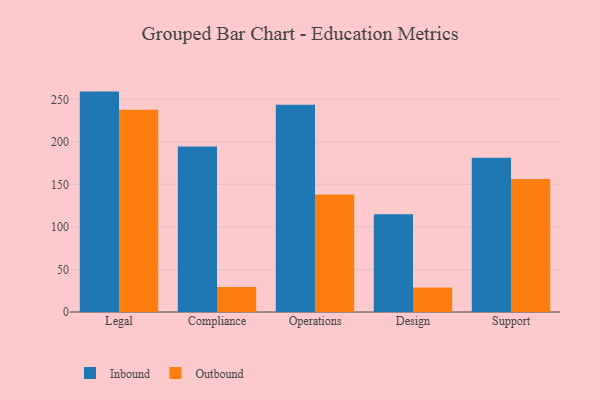
{"axis": {"x": "Department", "y": "Budget (USD K)"}, "legend": ["Inbound", "Outbound"], "data": [{"x": "Legal", "y": 259.1, "type": "Inbound"}, {"x": "Legal", "y": 237.7, "type": "Outbound"}, {"x": "Compliance", "y": 194.6, "type": "Inbound"}, {"x": "Compliance", "y": 29.3, "type": "Outbound"}, {"x": "Operations", "y": 243.6, "type": "Inbound"}, {"x": "Operations", "y": 138.1, "type": "Outbound"}, {"x": "Design", "y": 115.0, "type": "Inbound"}, {"x": "Design", "y": 28.8, "type": "Outbound"}, {"x": "Support", "y": 181.2, "type": "Inbound"}, {"x": "Support", "y": 156.4, "type": "Outbound"}]}